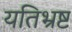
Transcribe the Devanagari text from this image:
यतिभ्रष्ट